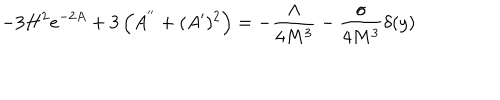
LaTeX: - 3 H ^ { 2 } e ^ { - 2 A } + 3 \left( A ^ { ' ^ { \prime } } + ( A ^ { \prime } ) ^ { 2 } \right) = - \frac { \Lambda } { 4 M ^ { 3 } } - \frac { \sigma } { 4 M ^ { 3 } } \delta ( y )